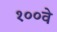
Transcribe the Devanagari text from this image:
१००वे